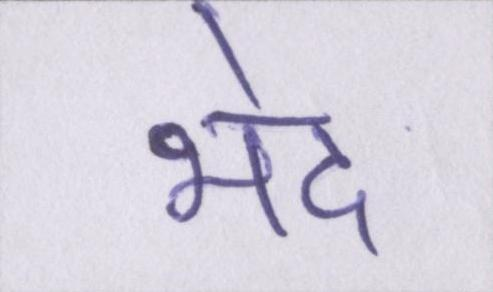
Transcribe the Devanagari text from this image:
भेद